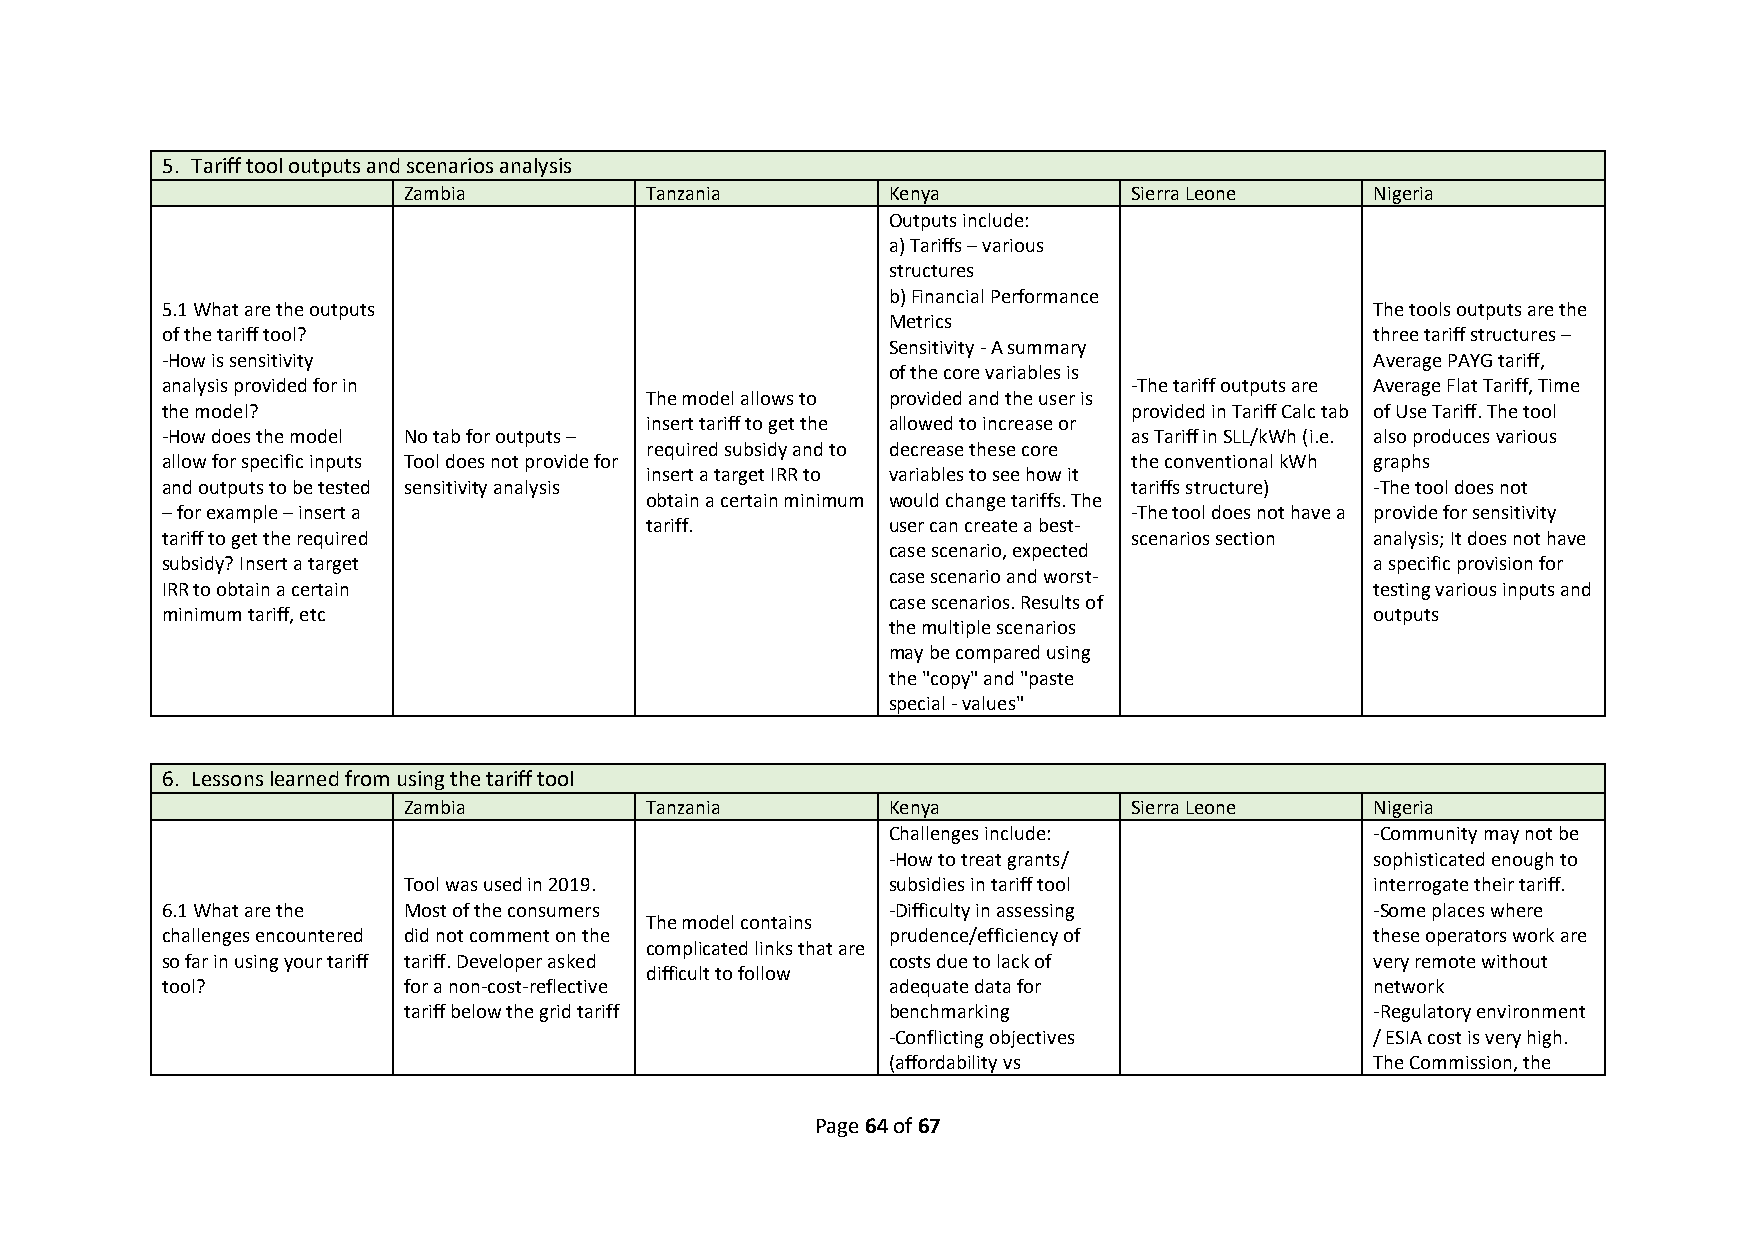
5. Tariff tool outputs and scenarios analysis
 Zambia          Tanzania        Kenya           Sierra Leone    Nigeria
 Outputs include:
 a) Tariffs – various
 structures
 b) Financial Performance
 5.1 What are the outputs                                                        The tools outputs are the
 Metrics
 of the tariff tool?                                                             three tariff structures –
 Sensitivity - A summary
 -How is sensitivity                                                             Average PAYG tariff,
 of the core variables is
 analysis provided for in                                        -The tariff outputs are Average Flat Tariff, Time
 The model allows to provided and the user is
 the model?                                                      provided in Tariff Calc tab of Use Tariff. The tool
 insert tariff to get the allowed to increase or
 -How does the model No tab for outputs –                        as Tariff in SLL/kWh (i.e. also produces various
 required subsidy and to decrease these core
 allow for specific inputs Tool does not provide for             the conventional kWh graphs
 insert a target IRR to variables to see how it
 and outputs to be tested sensitivity analysis                   tariffs structure) -The tool does not
 obtain a certain minimum would change tariffs. The
 – for example – insert a                                        -The tool does not have a provide for sensitivity
 tariff.         user can create a best-
 tariff to get the required                                      scenarios section analysis; It does not have
 case scenario, expected
 subsidy? Insert a target                                                        a specific provision for
 case scenario and worst-
 IRR to obtain a certain                                                         testing various inputs and
 case scenarios. Results of
 minimum tariff, etc                                                             outputs
 the multiple scenarios
 may be compared using
 the "copy" and "paste
 special - values"
 6. Lessons learned from using the tariff tool
 Zambia          Tanzania        Kenya           Sierra Leone    Nigeria
 Challenges include:             -Community may not be
 -How to treat grants/           sophisticated enough to
 Tool was used in 2019.          subsidies in tariff tool        interrogate their tariff.
 6.1 What are the Most of the consumers          -Difficulty in assessing        -Some places where
 The model contains
 challenges encountered did not comment on the   prudence/efficiency of          these operators work are
 complicated links that are
 so far in using your tariff tariff. Developer asked costs due to lack of        very remote without
 difficult to follow
 tool?           for a non-cost-reflective       adequate data for               network
 tariff below the grid tariff    benchmarking                    -Regulatory environment
 -Conflicting objectives         / ESIA cost is very high.
 (affordability vs               The Commission, the
 Page 64 of 67